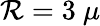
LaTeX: \mathcal{R}=3~\mu